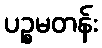
ပဉ္စမတန်း